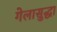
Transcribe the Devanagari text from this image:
गेलासुद्धा